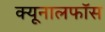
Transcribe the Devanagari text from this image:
क्‍यूनालफॉस